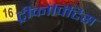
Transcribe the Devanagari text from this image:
ट्रीकोपिटिस